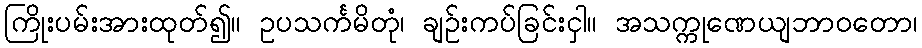
ကြိုးပမ်းအားထုတ်၍။ ဥပသင်္ကမိတုံ၊ ချဉ်းကပ်ခြင်းငှါ။ အသက္ကုဏေယျဘာဝတော၊